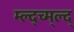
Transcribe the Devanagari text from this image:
म्ल्द्च्म्ल्द्